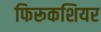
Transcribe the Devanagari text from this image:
फिरूकशियर